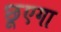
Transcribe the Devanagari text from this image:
छूएगा